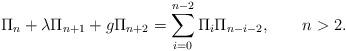
LaTeX: \begin{align*}\Pi_n+\lambda \Pi_{n+1}+g\Pi_{n+2}=\sum_{i=0}^{n-2}\Pi_i\Pi_{n-i-2}, \qquad n>2.\end{align*}